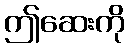
ဤဆေးကို